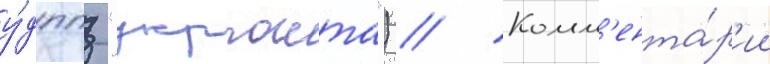
у́дппз "укрпошта") // Комм'ента́р'ии